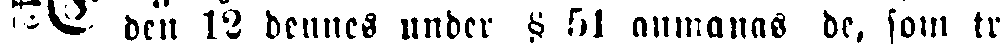
den 12 dennes under § 51 anmanas de, som tro